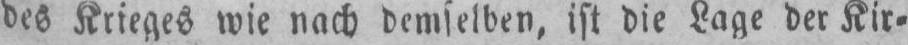
des Krieges wie nach demselben, ist die Lage der Kir⸗